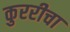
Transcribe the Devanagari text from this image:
कुररीचा